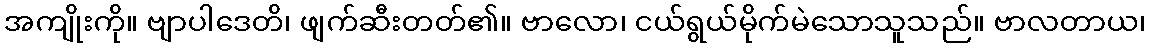
အကျိုးကို။ ဗျာပါဒေတိ၊ ဖျက်ဆီးတတ်၏။ ဗာလော၊ ငယ်ရွယ်မိုက်မဲသောသူသည်။ ဗာလတာယ၊